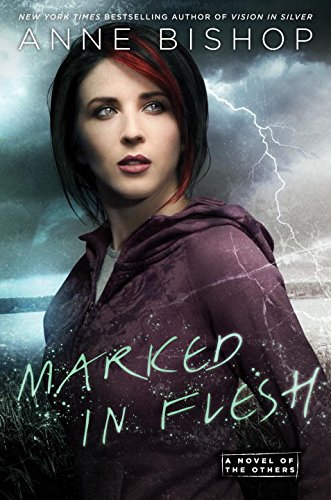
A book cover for Marked In Flesh: A Novel of the Others; Anne Bishop; Science Fiction & Fantasy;